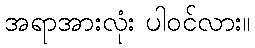
အရာအားလုံး ပါဝင်လား။